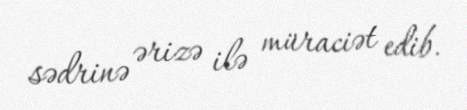
sədrinə ərizə ilə müraciət edib.